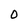
Character: O